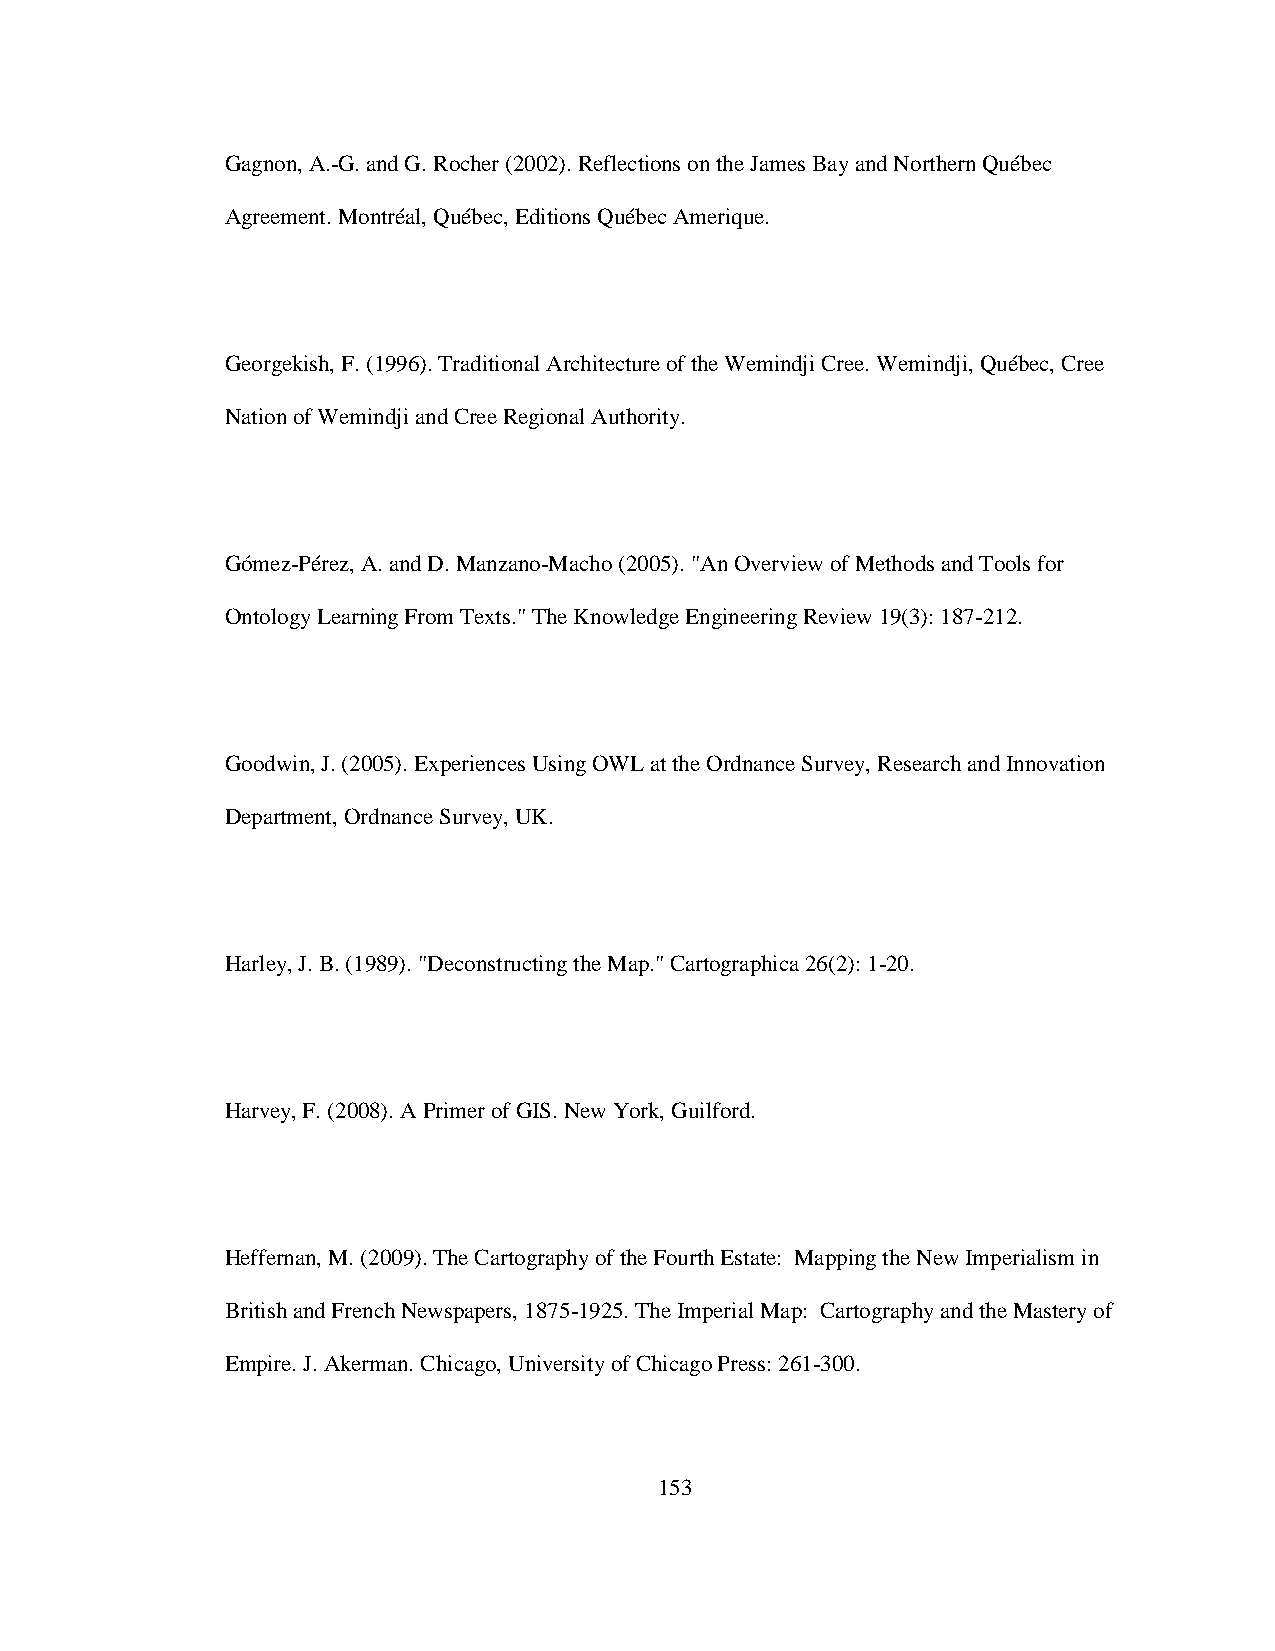
Gagnon, A.-G. and G. Rocher (2002). Reflections on the James Bay and Northern Québec
 Agreement. Montréal, Québec, Editions Québec Amerique.
 Georgekish, F. (1996). Traditional Architecture of the Wemindji Cree. Wemindji, Québec, Cree
 Nation of Wemindji and Cree Regional Authority.
 Gómez-Pérez, A. and D. Manzano-Macho (2005). "An Overview of Methods and Tools for
 Ontology Learning From Texts." The Knowledge Engineering Review 19(3): 187-212.
 Goodwin, J. (2005). Experiences Using OWL at the Ordnance Survey, Research and Innovation
 Department, Ordnance Survey, UK.
 Harley, J. B. (1989). "Deconstructing the Map." Cartographica 26(2): 1-20.
 Harvey, F. (2008). A Primer of GIS. New York, Guilford.
 Heffernan, M. (2009). The Cartography of the Fourth Estate: Mapping the New Imperialism in
 British and French Newspapers, 1875-1925. The Imperial Map: Cartography and the Mastery of
 Empire. J. Akerman. Chicago, University of Chicago Press: 261-300.
 153